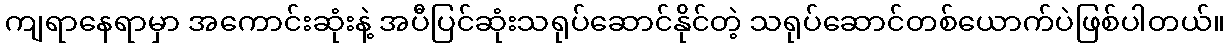
ကျရာနေရာမှာ အကောင်းဆုံးနဲ့ အပီပြင်ဆုံးသရုပ်ဆောင်နိုင်တဲ့ သရုပ်ဆောင်တစ်ယောက်ပဲဖြစ်ပါတယ်။